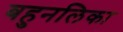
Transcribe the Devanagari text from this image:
बहुनलिका